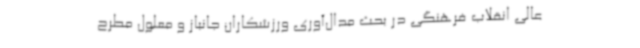
عالی انقلاب فرهنگی در بحث مدال‌آوری ورزشکاران جانباز و معلول مطرح